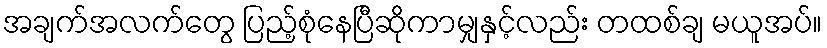
အချက်အလက်တွေ ပြည့်စုံနေပြီဆိုကာမျှနှင့်လည်း တထစ်ချ မယူအပ်။